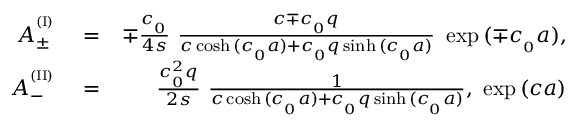
\begin{array} { r l r } { A _ { \pm } ^ { ^ { ( \mathrm { I } ) } } } & { { } = } & { \mp \frac { c _ { _ 0 } } { 4 s } \ \frac { c \mp c _ { _ 0 } q } { c \cosh { ( c _ { _ 0 } a ) } + c _ { _ 0 } q \sinh { ( c _ { _ 0 } a ) } } \ \exp { ( \mp c _ { _ 0 } a ) } , } \\ { A _ { - } ^ { ^ { ( \mathrm { I I } ) } } } & { { } = } & { \frac { c _ { _ 0 } ^ { 2 } q } { 2 s } \ \frac { 1 } { c \cosh { ( c _ { _ 0 } a ) } + c _ { _ 0 } q \sinh { ( c _ { _ 0 } a ) } } , \ \exp { ( c a ) } } \end{array}